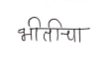
मजकूर: भीतीचा